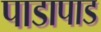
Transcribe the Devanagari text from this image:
पाडापाड